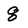
Character: 8